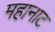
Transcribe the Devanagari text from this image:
महानाट